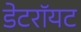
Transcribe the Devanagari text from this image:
डेटरॉयट